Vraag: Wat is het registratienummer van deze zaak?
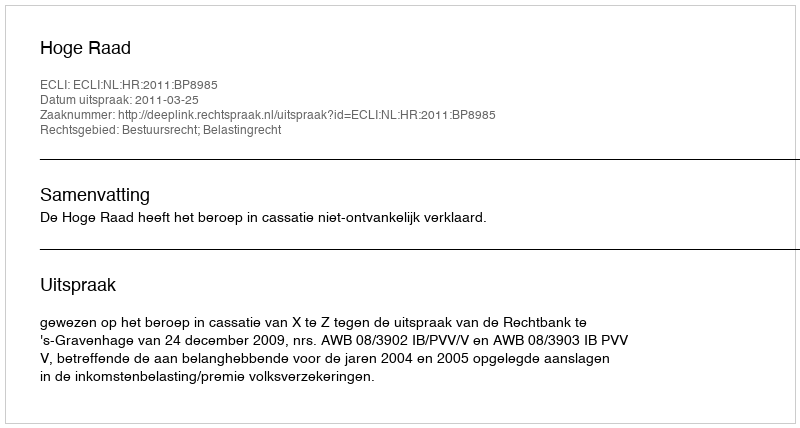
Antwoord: http://deeplink.rechtspraak.nl/uitspraak?id=ECLI:NL:HR:2011:BP8985